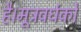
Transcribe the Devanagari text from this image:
है।मूत्रवर्धकों